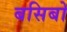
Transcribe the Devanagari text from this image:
बसिबो